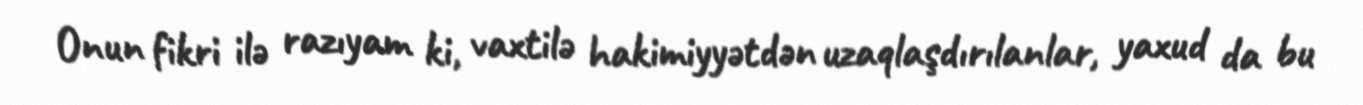
Onun fikri ilə razıyam ki, vaxtilə hakimiyyətdən uzaqlaşdırılanlar, yaxud da bu